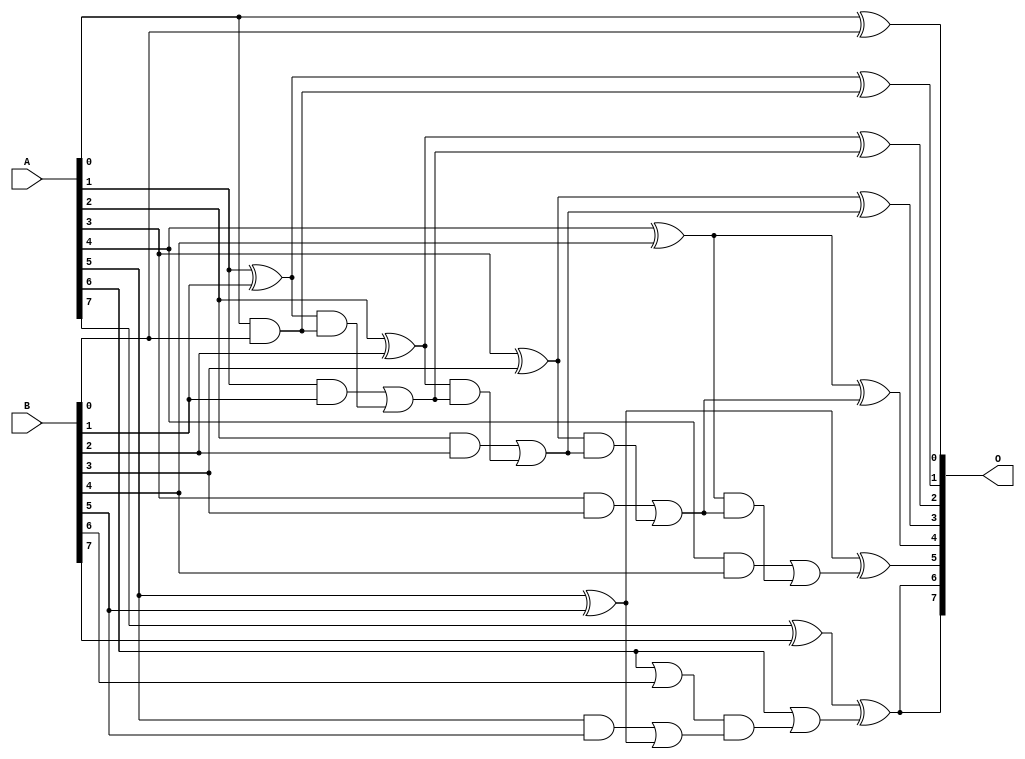
/***
* This code is a part of EvoApproxLib library (ehw.fit.vutbr.cz/approxlib) distributed under The MIT License.
* When used, please cite the following article(s): V. Mrazek, L. Sekanina, Z. Vasicek "Libraries of Approximate Circuits: Automated Design and Application in CNN Accelerators" IEEE Journal on Emerging and Selected Topics in Circuits and Systems, Vol 10, No 4, 2020 
* This file contains a circuit from a sub-set of pareto optimal circuits with respect to the pwr and ep parameters
***/
// MAE% = 30.39 %
// MAE = 39 
// WCE% = 100.00 %
// WCE = 128 
// WCRE% = 6400.00 %
// EP% = 54.43 %
// MRE% = 150.85 %
// MSE = 3013 
// PDK45_PWR = 0.030 mW
// PDK45_AREA = 71.8 um2
// PDK45_DELAY = 0.44 ns

module add8s_7YK (
    A,
    B,
    O
);

input [7:0] A;
input [7:0] B;
output [7:0] O;

wire sig_16,sig_17,sig_18,sig_19,sig_20,sig_21,sig_22,sig_23,sig_24,sig_25,sig_26,sig_27,sig_28,sig_29,sig_30,sig_31,sig_32,sig_33,sig_34,sig_35;
wire sig_36,sig_37,sig_38,sig_39,sig_41,sig_42,sig_43,sig_45,sig_47,sig_48,sig_49;

assign sig_16 = A[0] ^ B[0];
assign sig_17 = A[0] & B[0];
assign sig_18 = A[1] ^ B[1];
assign sig_19 = A[1] & B[1];
assign sig_20 = sig_18 & sig_17;
assign sig_21 = sig_18 ^ sig_17;
assign sig_22 = sig_19 | sig_20;
assign sig_23 = A[2] ^ B[2];
assign sig_24 = A[2] & B[2];
assign sig_25 = sig_23 & sig_22;
assign sig_26 = sig_23 ^ sig_22;
assign sig_27 = sig_24 | sig_25;
assign sig_28 = A[3] ^ B[3];
assign sig_29 = A[3] & B[3];
assign sig_30 = sig_28 & sig_27;
assign sig_31 = sig_28 ^ sig_27;
assign sig_32 = sig_29 | sig_30;
assign sig_33 = A[4] ^ B[4];
assign sig_34 = A[4] & B[4];
assign sig_35 = sig_33 & sig_32;
assign sig_36 = sig_33 ^ sig_32;
assign sig_37 = sig_34 | sig_35;
assign sig_38 = A[5] ^ B[5];
assign sig_39 = A[5] & B[5];
assign sig_41 = sig_38 ^ sig_37;
assign sig_42 = sig_39 | sig_38;
assign sig_43 = A[6] | B[6];
assign sig_45 = sig_43 & sig_42;
assign sig_47 = A[6] | sig_45;
assign sig_48 = A[7] ^ B[7];
assign sig_49 = sig_48 ^ sig_47;

assign O[7] = sig_49;
assign O[6] = sig_49;
assign O[5] = sig_41;
assign O[4] = sig_36;
assign O[3] = sig_31;
assign O[2] = sig_26;
assign O[1] = sig_21;
assign O[0] = sig_16;

endmodule